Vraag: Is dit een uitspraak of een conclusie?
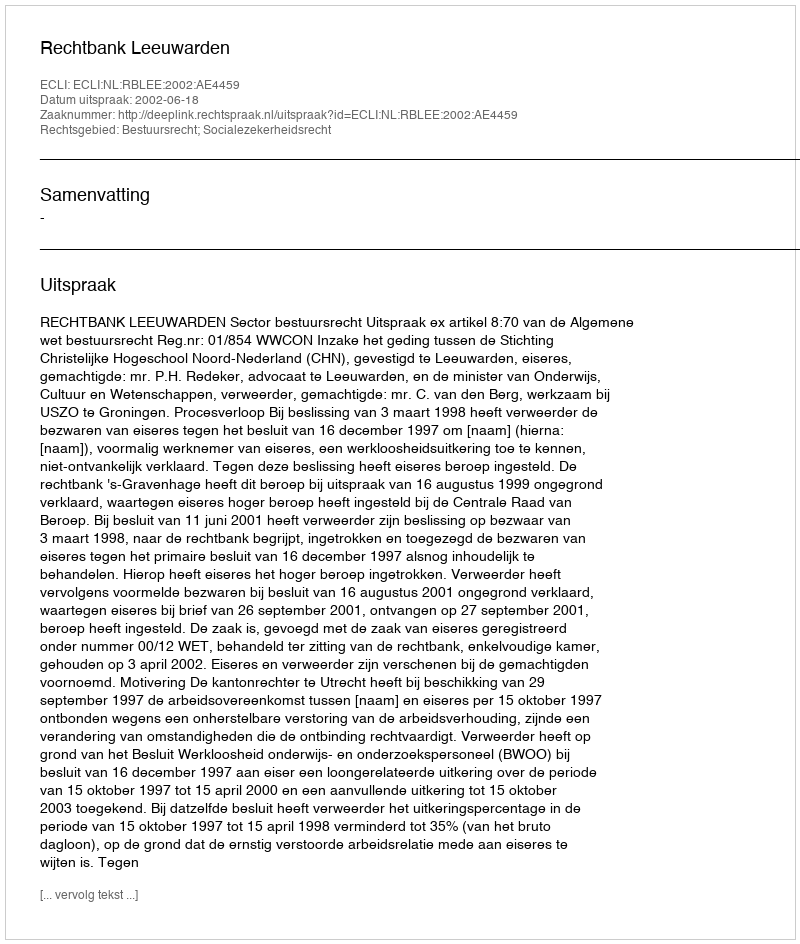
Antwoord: Uitspraak